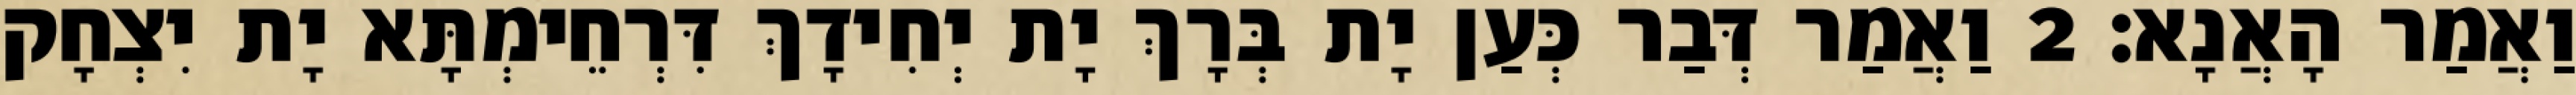
וַאֲמַר הָאֲנָא׃ 2 וַאֲמַר דְּבַר כְּעַן יָת בְּרָךְ יָת יְחִידָךְ דִּרְחֵימְתָּא יָת יִצְחָק